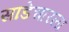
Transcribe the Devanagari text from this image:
साडेचारला